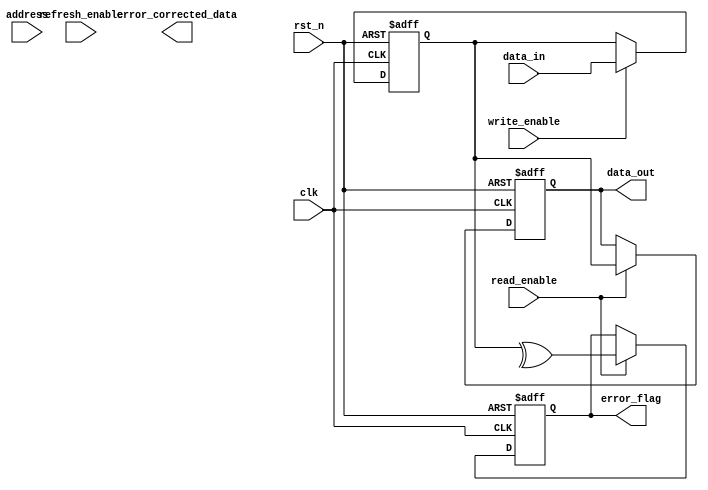
module io_block_3d_dram (
    input wire clk,                     // Clock signal
    input wire rst_n,                   // Active-low reset
    input wire [31:0] data_in,          // Data input from external interface
    output reg [31:0] data_out,         // Data output to external interface
    input wire [15:0] address,           // Address input
    input wire read_enable,              // Read command signal
    input wire write_enable,             // Write command signal
    input wire refresh_enable,           // Refresh command signal
    output reg error_flag,               // Error detection flag
    output reg [31:0] error_corrected_data // Corrected data output
);

// Internal signals
reg [31:0] data_buffer;                // Buffer for data
reg [15:0] decoded_address;            // Decoded address
reg [31:0] ecc_data;                   // Data for error correction
reg [31:0] corrected_data;             // Store corrected data

// Address Decoder
always @(*) begin
    // Simple address decoding logic (for demonstration)
    decoded_address = address; // In a real design, implement multi-level decoding
end

// Data Input/Output Buffers with Read/Write functionality
always @(posedge clk or negedge rst_n) begin
    if (!rst_n) begin
        data_out <= 32'b0;
        data_buffer <= 32'b0;
        error_flag <= 1'b0;
        corrected_data <= 32'b0;
    end else begin
        // Write Operation
        if (write_enable) begin
            data_buffer <= data_in; // Store incoming data in buffer
            // ECC logic can be added here
        end
        
        // Read Operation
        if (read_enable) begin
            data_out <= data_buffer; // Output data from buffer
            // Error detection logic can be added here
            // For example, simple parity check
            error_flag <= ^data_buffer; // Simple parity check for error detection
        end
        
        // Refresh Operation
        if (refresh_enable) begin
            // Logic for refreshing memory cells (not implemented here)
        end
        
        // Error Correction (for demonstration)
        if (error_flag) begin
            // Simple error correction logic (not implemented here)
            // In real design, implement ECC algorithm
            corrected_data <= data_buffer; // Placeholder for corrected data logic
        end
    end
end

endmodule